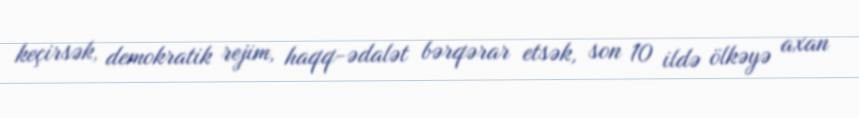
keçirsək, demokratik rejim, haqq-ədalət bərqərar etsək, son 10 ildə ölkəyə axan